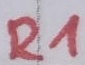
Text: R1